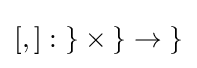
{\textstyle [,]:{\mathcal {g}}\times {\mathcal {g}}\to {\mathcal {g}}}